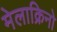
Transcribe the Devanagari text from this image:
मेलाक्रिनो